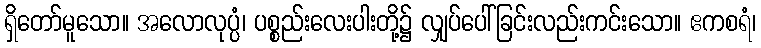
ရှိတော်မူသော။ အလောလုပ္ပံ၊ ပစ္စည်းလေးပါးတို့၌ လျှပ်ပေါ်ခြင်းလည်းကင်းသော။ ဧကစရံ၊